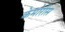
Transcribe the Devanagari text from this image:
केमोरीस